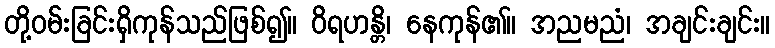
တို့ဝမ်းခြင်းရှိကုန်သည်ဖြစ်၍။ ဝိရဟန္တိ၊ နေကုန်၏။ အညမညံ၊ အချင်းချင်း။